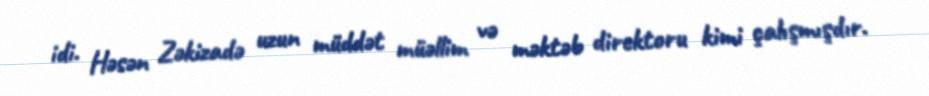
idi. Həsən Zəkizadə uzun müddət müəllim və məktəb direktoru kimi çalışmışdır.